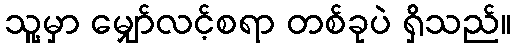
သူ့မှာ မျှော်လင့်စရာ တစ်ခုပဲ ရှိသည်။